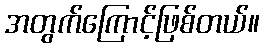
အတွက်ကြောင့်ဖြစ်တယ်။